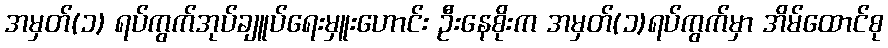
အမှတ်(၁) ရပ်ကွက်အုပ်ချူပ်ရေးမှူးဟောင်း ဦးနေစိုးက အမှတ်(၁)ရပ်ကွက်မှာ အိမ်ထောင်စု